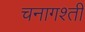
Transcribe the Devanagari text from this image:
चनागश्ती